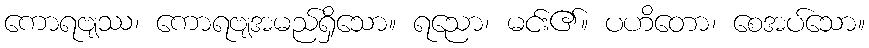
ကောရဗျဿ၊ ကောရဗျအမည်ရှိသော။ ရညော၊ မင်း၏။ ပဟိတော၊ စေအပ်သော။